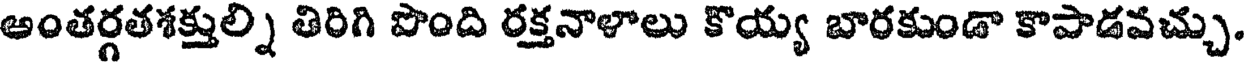
అంతర్గతశక్తుల్ని తిరిగి పొంది రక్తనాళాలు కొయ్య బారకుండా కాపాడవచ్చు.